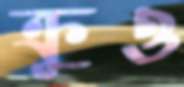
ক্রুও